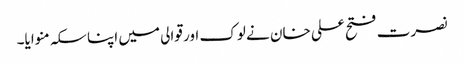
نصرت فتح علی خان نے لوک اور قوالی میں اپنا سکہ منوایا۔